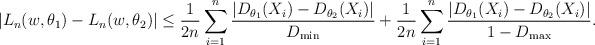
LaTeX: \begin{align*}\left| L_n(w, \theta_1) - L_n(w, \theta_2) \right|\leq \frac1{2n} \sum\limits_{i = 1}^n \frac{| D_{\theta_1}(X_i) - D_{\theta_2}(X_i) |}{D_{\min}}+ \frac1{2n} \sum\limits_{i = 1}^n \frac{| D_{\theta_1}(X_i) - D_{\theta_2}(X_i) |}{1 - D_{\max}}.\end{align*}